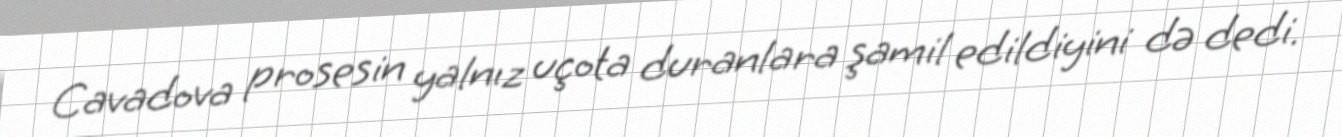
Cavadova prosesin yalnız uçota duranlara şamil edildiyini də dedi.